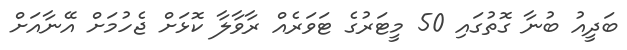
ބަދީއު ބުނާ ގޮތުގައި 50 މީޓަރުގެ ޓަވަރެއް ރާވާލާ ކޮޅަށް ޖެހުމަށް އޭނާއަށް